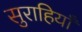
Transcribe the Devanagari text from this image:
सुराहियाँ